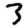
Digit: 3